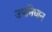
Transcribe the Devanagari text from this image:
उपनिधान